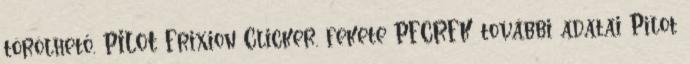
törölhető, PILOT Frixion Clicker, fekete PFCRFK további adatai Pilot